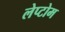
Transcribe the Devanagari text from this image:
लेप्टोम